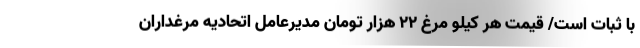
با ثبات است/ قیمت هر کیلو مرغ ۲۲ هزار تومان مدیرعامل اتحادیه مرغداران